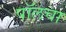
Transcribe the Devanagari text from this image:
पॉलचा